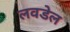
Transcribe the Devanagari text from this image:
लवडेल